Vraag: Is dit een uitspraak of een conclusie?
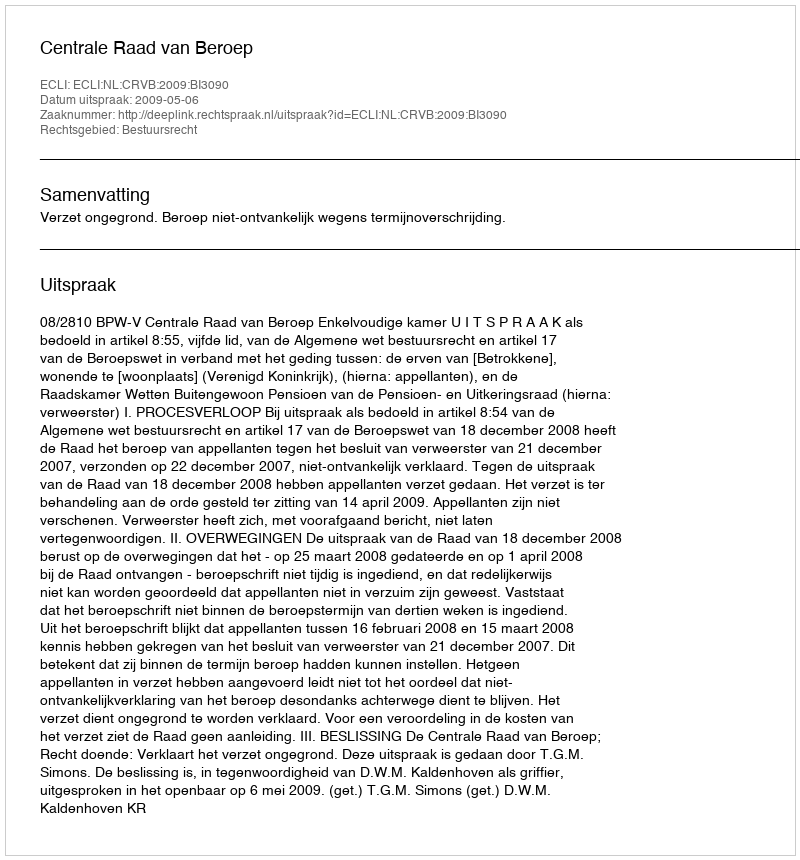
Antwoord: Uitspraak